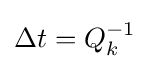
\Delta t=Q_{k}^{-1}